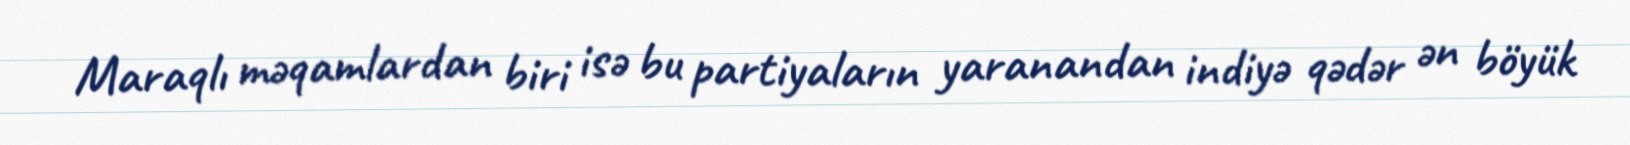
Maraqlı məqamlardan biri isə bu partiyaların yaranandan indiyə qədər ən böyük